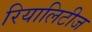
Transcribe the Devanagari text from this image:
रियालिटीज